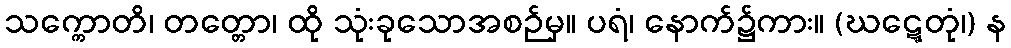
သက္ကောတိ၊ တတ္တော၊ ထို သုံးခုသောအစဉ်မှ။ ပရံ၊ နောက်၌ကား။ (ဃဋ္ဋေတုံ၊) န